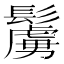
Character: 𩯜